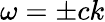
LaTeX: \omega=\pm ck